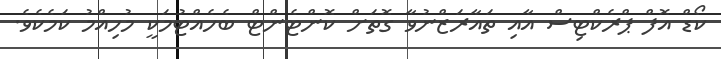
ކޯޑް އޮފް ޕްރެކްޓިސް އާއި ތައާރަޒްނުވާ ގޮތަށް ކޮންޓެންޓް ބެހެއްޓުމަކީ މުހިއްމު ކަމެކެވެ.